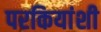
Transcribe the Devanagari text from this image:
परकियांशी